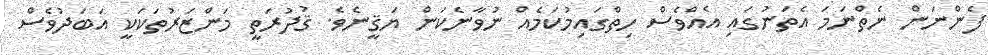
ފެންނަން ނެތްނަމަ އެތަނުގައި އެއްވެސް ހިތްގައިމުކަމެއް ނުވާނެކަން ޔަޤީނެވެ. ޤުދުރަތީ މަންޒަރުތަކަކީ އަބަދުވެސް